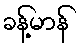
ခန့်မာန်